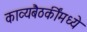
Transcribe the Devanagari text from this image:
काव्यबैठकींमध्ये